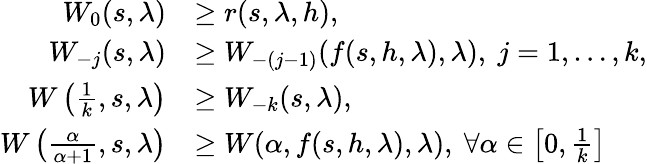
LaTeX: \begin{array}{rl}{W_{0}(s,\lambda)}&{\geq r(s,\lambda,h),}\\ {W_{-j}(s,\lambda)}&{\geq W_{-(j-1)}(f(s,h,\lambda),\lambda),\ j=1,\ldots,k,}\\ {W\left(\frac{1}{k},s,\lambda\right)}&{\geq W_{-k}(s,\lambda),}\\ {W\left(\frac{\alpha}{\alpha+1},s,\lambda\right)}&{\geq W(\alpha,f(s,h,\lambda),\lambda),\ \forall\alpha\in\left[0,\frac{1}{k}\right]}\end{array}